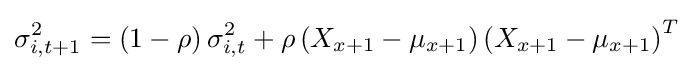
\sigma _{i,t+1}^{2}=\left(1-\rho \right)\sigma _{i,t}^{2}+\rho \left(X_{x+1}-\mu _{x+1}\right)\left(X_{x+1}-\mu _{x+1}\right)^{T}